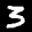
Label: 3